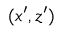
( x ^ { \prime } , z ^ { \prime } )